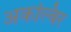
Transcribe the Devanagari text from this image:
अकल्बिर